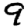
Digit: 9